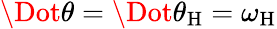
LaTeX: \Dot{\theta}=\Dot{\theta}_{\mathrm{H}}=\omega_{\mathrm{H}}